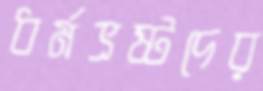
ধর্মভ্রষ্টদের